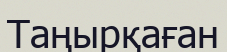
Таңырқаған